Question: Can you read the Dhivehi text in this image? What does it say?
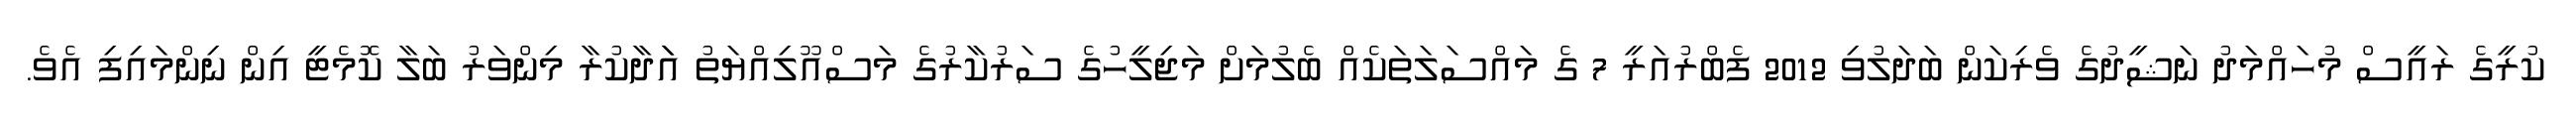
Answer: ކުރީގެ ރައީސް މުހައްމަދު ނަޝީދުގެ ވެރިކަން ބަދަލުވި 2012 ފެބްރުއަރީ 7 ގެ މައްސަލަތަކެއް ބެލުމަށް މަޖިލީހުގެ ސަރުކާރުގެ މަސްއޫލިއްޔަތު އަަދާކުރާ މިންވަރު ބަލާ ކޮމެޓީ އިން ނިންމައިފި އެވެ.